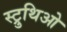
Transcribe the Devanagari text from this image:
स्ट्रुथिओ